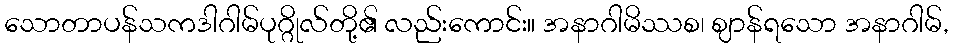
သောတာပန်သကဒါဂါမ်ပုဂ္ဂိုလ်တို့၏ လည်းကောင်း။ အနာဂါမိဿစ၊ ဈာန်ရသော အနာဂါမ်,